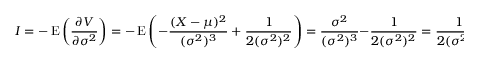
I = - \operatorname { E } \left( { \frac { \partial V } { \partial \sigma ^ { 2 } } } \right) = - \operatorname { E } \left( - { \frac { ( X - \mu ) ^ { 2 } } { ( \sigma ^ { 2 } ) ^ { 3 } } } + { \frac { 1 } { 2 ( \sigma ^ { 2 } ) ^ { 2 } } } \right) = { \frac { \sigma ^ { 2 } } { ( \sigma ^ { 2 } ) ^ { 3 } } } - { \frac { 1 } { 2 ( \sigma ^ { 2 } ) ^ { 2 } } } = { \frac { 1 } { 2 ( \sigma ^ { 2 } ) ^ { 2 } } } .